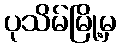
ပုသိမ်မြို့မှ